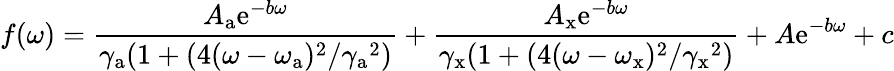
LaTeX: f(\omega)=\frac{A_{\mathrm{a}}\mathrm{e}^{-b\omega}}{\gamma_{\mathrm{a}}(1+(4(\omega-\omega_{\mathrm{a}})^{2}/{\gamma_{\mathrm{a}}}^{2})}+\frac{A_{\mathrm{x}}\mathrm{e}^{-b\omega}}{\gamma_{\mathrm{x}}(1+(4(\omega-\omega_{\mathrm{x}})^{2}/{\gamma_{\mathrm{x}}}^{2})}+A\mathrm{e}^{-b\omega}+c